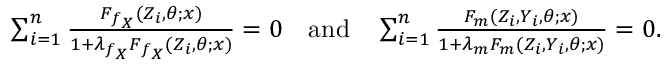
\begin{array} { r } { \sum _ { i = 1 } ^ { n } \frac { F _ { f _ { X } } ( Z _ { i } , \theta ; x ) } { 1 + \lambda _ { f _ { X } } F _ { f _ { X } } ( Z _ { i } , \theta ; x ) } = 0 \quad \mathrm { a n d } \quad \sum _ { i = 1 } ^ { n } \frac { F _ { m } ( Z _ { i } , Y _ { i } , \theta ; x ) } { 1 + \lambda _ { m } F _ { m } ( Z _ { i } , Y _ { i } , \theta ; x ) } = 0 . } \end{array}